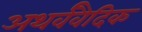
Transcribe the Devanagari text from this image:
अथर्ववैदिक